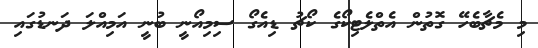
މި މެޗާބެހޭ ގޮތުން އެތްލެޓިކޯގެ ކޯޗު ޑިއެގޯ ސިމިއޯނީ ބުނީ އަމިއްލަ ދަނޑުގައި